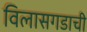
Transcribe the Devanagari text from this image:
विलासगडाची